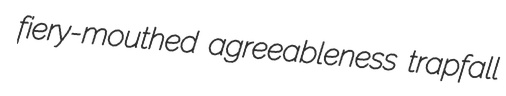
fiery-mouthed agreeableness trapfall